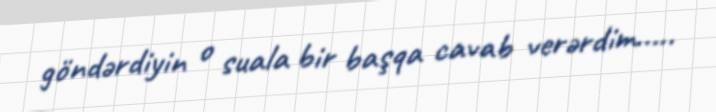
göndərdiyin o suala bir başqa cavab verərdim.....